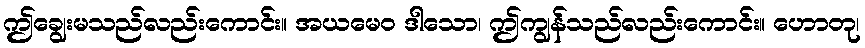
ဤချွေးမသည်လည်းကောင်း။ အယမေဝ ဒါသော၊ ဤကျွန်သည်လည်းကောင်း။ ဟောတု၊